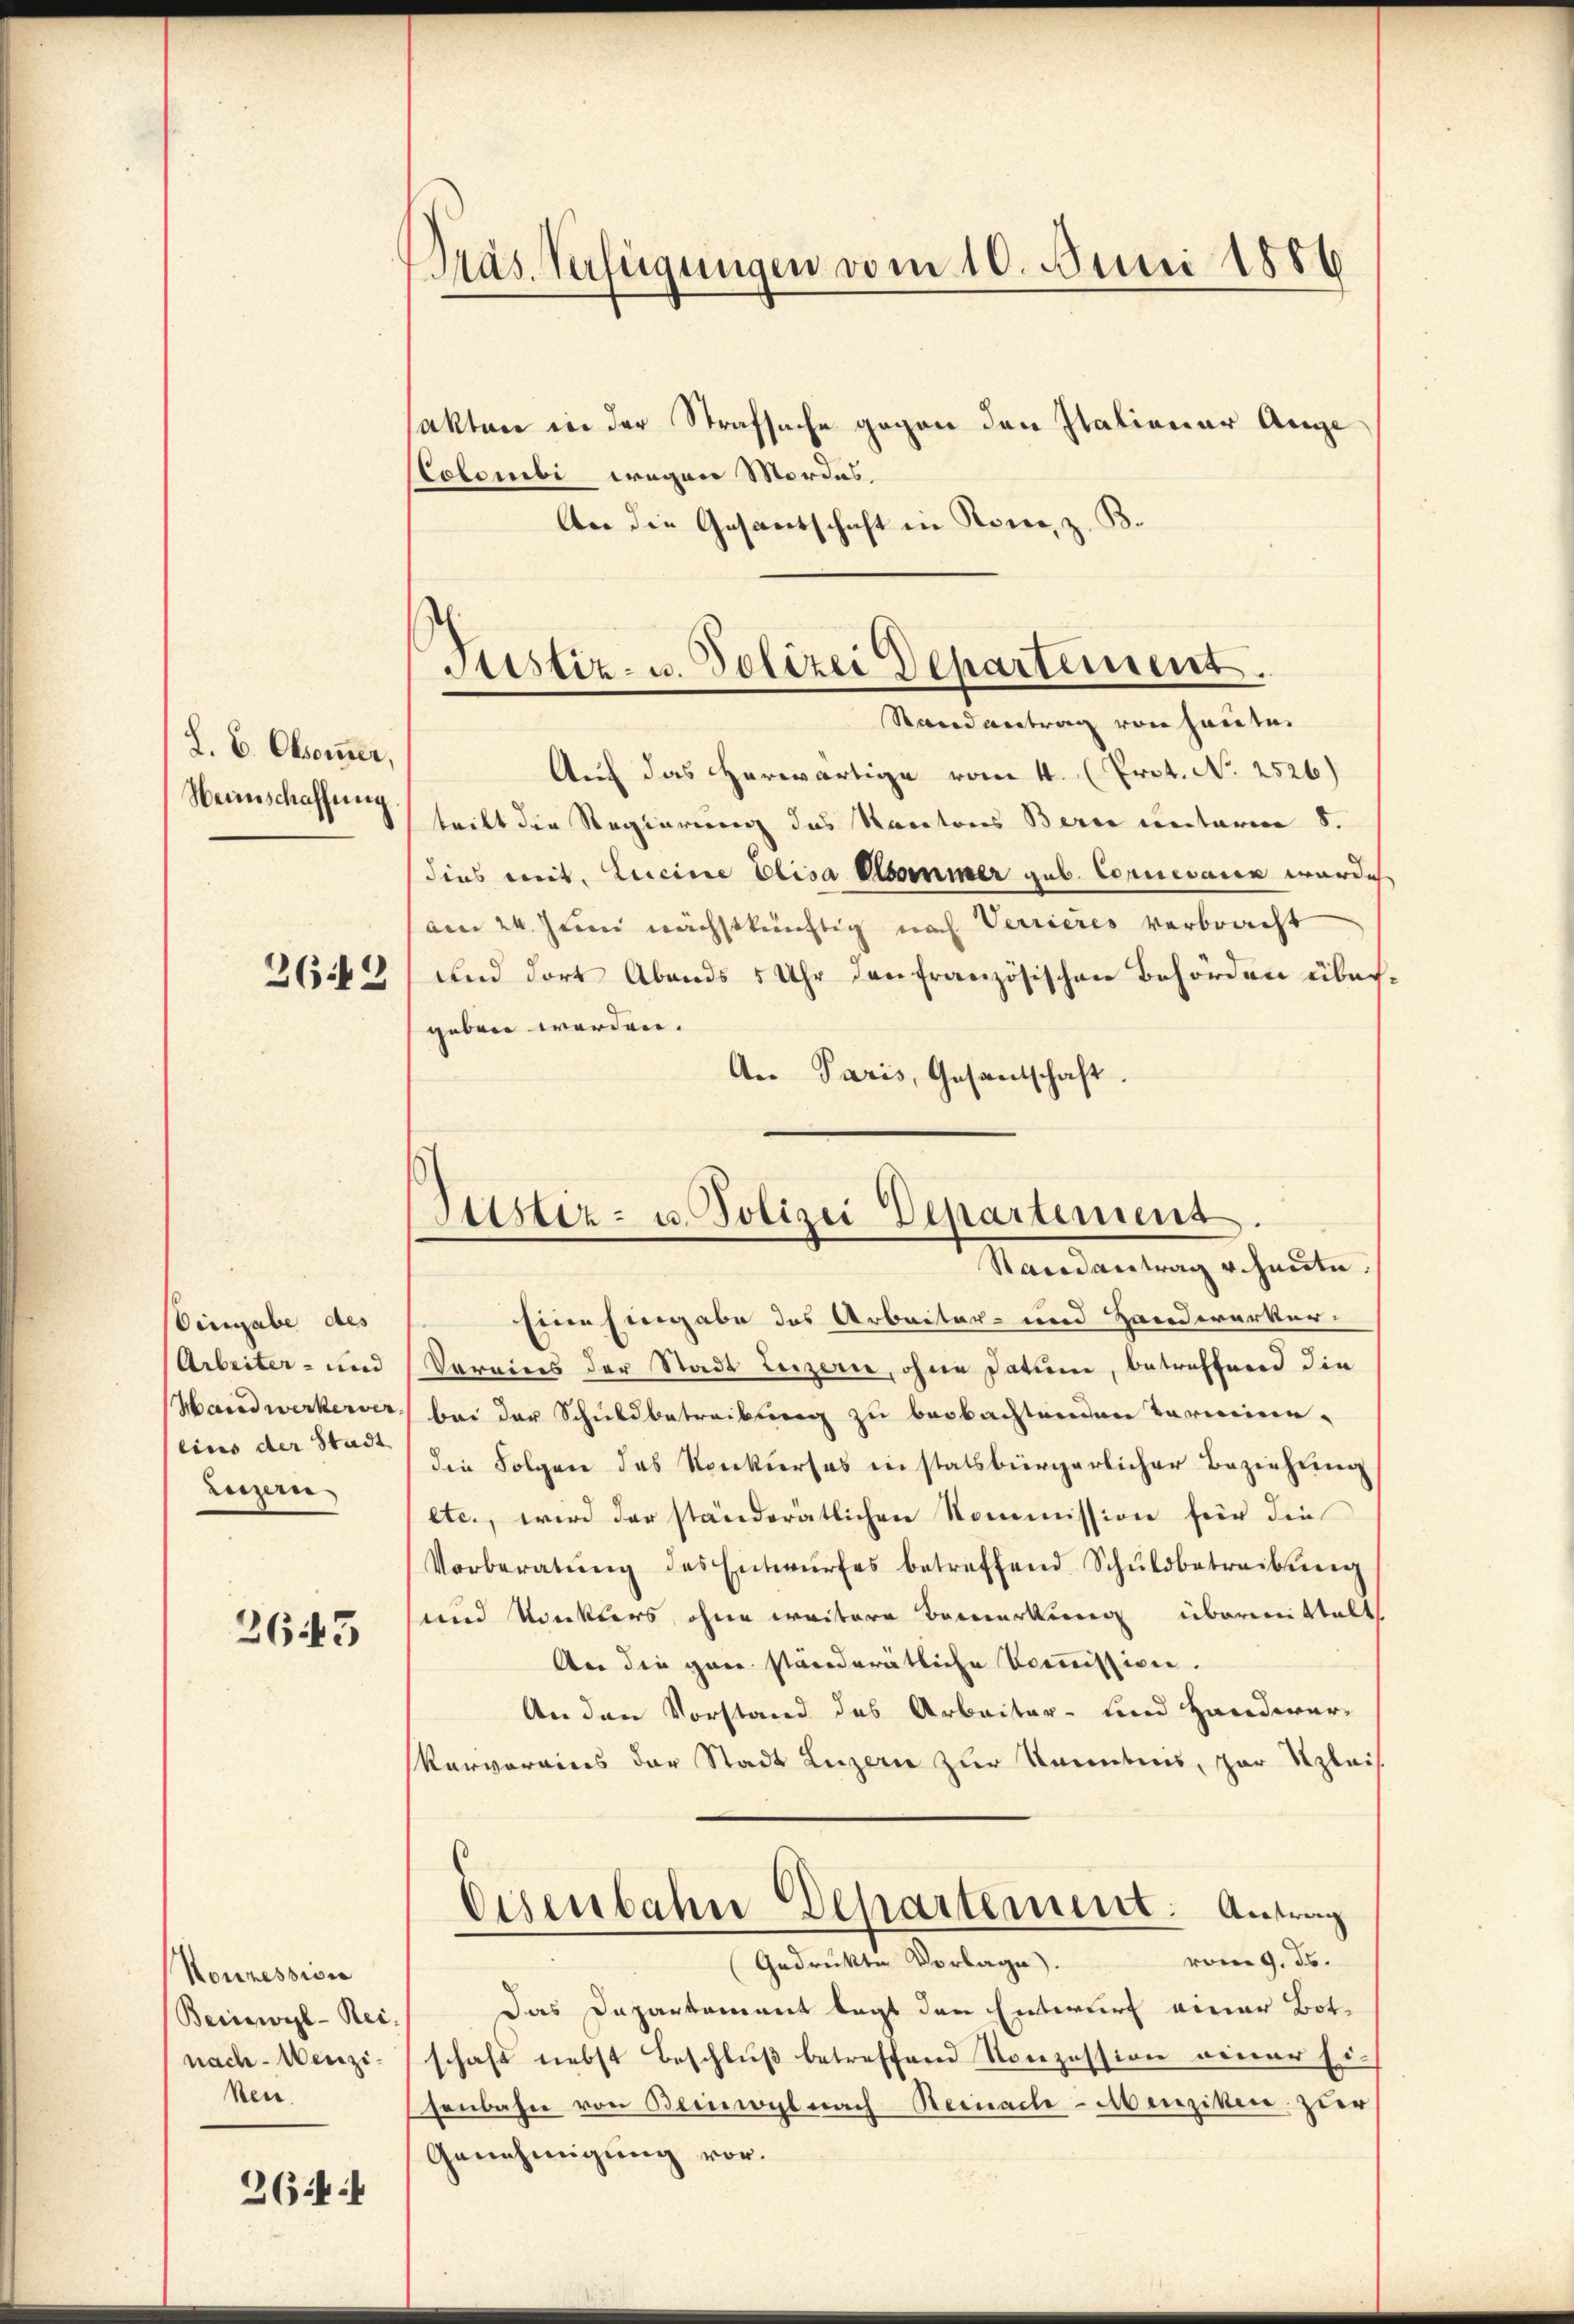
L. L. Obsom̅er,
Weinschaffung

2612

Vingabe des
Arbeiter- und
Handwerkerver
eins der Stadt
Luzern

2643

Nonzession
Beinwyl-Reinach - Wenziken.

26 ff

Pras Verfügungen vom 10. Juni 1886

sakten in der Strafsache gegen den Italionar Auge
Stolombi wegen Mordes.
er die Gesandschaft in Rone, z. B.

Justiz- u. Polizei Departement.
Stand antrag von heute.

Auf das erwärtige vom 4. (Prot. No. 2526)
tritt die Regierung des Kantons Bern unterm 8.
dies mit. Lucine Elisa Asommer gub. Cornevaren werde.
am 24. Juni nächstkünftig nach Verrieres verbracht
und dort Abends 5 Uhr den französischen Behörden übergeben werden.
An Paris, Gesandtschaft

Zustiz- u. Polizei Departement
Mandantung u. heute

Eine Eingabe des Arbeiter- und Handwerker¬
Voreines der Stadt Luzern, ohne Datum, betreffend die
bei der Schuldbetreibung zu beobachtenden Termine-
die Folgen des Konkurses in statsbürgerlicher Beziehung
etc., wird der ständerätlichen Kommission für die
Vorberatŭng des Entwŭrfes betreffend Schŭldbetreibŭng
und Konklers ohne weitere Bemerkung übermittelt
An die gan ständerätliche Kommission.
An den Vorstand des Arbeiter- und Handwer-
karverains der Stadt Luzern zur Kenntnis, zur Szleis
Eisenbahn Departement. Antrag
vom 9. ds.
Gedrückte Vorlage).
Das Daparkament legt den Entwurf einer Botschaft nebst Beschluß betreffend Konzession einer Ei-
senbahn von Beinwyl nach Reinacle-Menziken zur
Genehmigung vor.